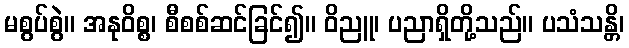
မစွပ်စွဲ။ အနုဝိစ္စ၊ စီစစ်ဆင်ခြင်၍။ ဝိညူ၊ ပညာရှိတို့သည်။ ပသံသန္တိ၊